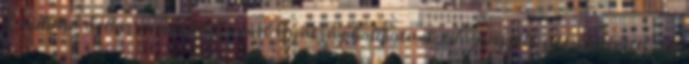
2 milliárd dollárra mondtak nemet Gyakran hallhatunk világraszóló sikertörténetekről,